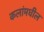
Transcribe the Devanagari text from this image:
कलांमधील